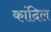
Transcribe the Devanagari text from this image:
कांदिल